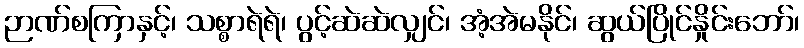
ဉာဏ်စကြာနှင့်၊ သစ္စာရဲရဲ၊ ပွင့်ဆဲဆဲလျှင်၊ အံ့အဲမနိုင်၊ ဆွယ်ပြိုင်နှိုင်းဘော်၊